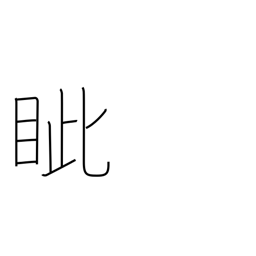
Meaning: eyesockets